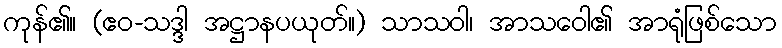
ကုန်၏။ (ဧဝ-သဒ္ဒါ အဋ္ဌာနပယုတ်။) သာသဝါ၊ အာသဝေါ၏ အာရုံဖြစ်သော